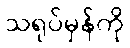
သရုပ်မှန်ကို